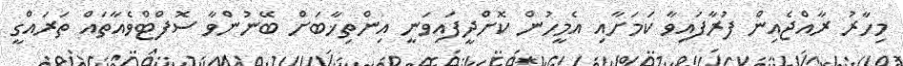
މިހާރު ރާއްޖެއިން ފުރާފައިވާ ކަމަށާއި އެމީހުން ކޮށްދީފައިވަނީ އިންތިޚާބަށް ބޭނުންވާ ސޮފްޓްވެއާތައް ތަރައްގީ